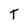
Character: T